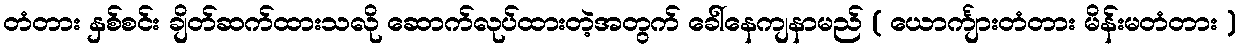
တံတား နှစ်စင်း ချိတ်ဆက်ထားသလို ဆောက်လုပ်ထားတဲ့အတွက် ခေါ်နေကျနာမည် ( ယောင်္ကျားတံတား မိန်းမတံတား )